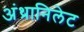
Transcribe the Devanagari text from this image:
अंथ्रानिलेट